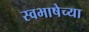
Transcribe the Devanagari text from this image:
स्वभाषेच्या